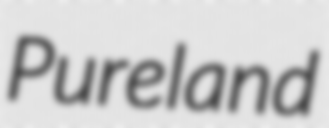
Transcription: Pureland